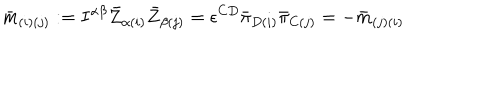
{ \bar { m } } _ { ( i ) ( j ) } : = I ^ { \alpha \beta } { \bar { Z } } _ { \alpha ( i ) } { \bar { Z } } _ { \beta ( j ) } = \epsilon ^ { C D } { \bar { \pi } } _ { D ( i ) } { \bar { \pi } } _ { C ( j ) } = - { \bar { m } } _ { ( j ) ( i ) }